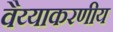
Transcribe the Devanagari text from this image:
वैय्याकरणीय